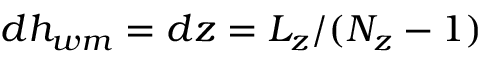
d h _ { w m } = d z = L _ { z } / ( N _ { z } - 1 )